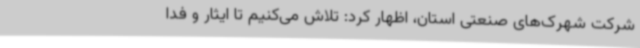
شرکت شهرک‌های صنعتی استان، اظهار کرد: تلاش می‌کنیم تا ایثار و فدا